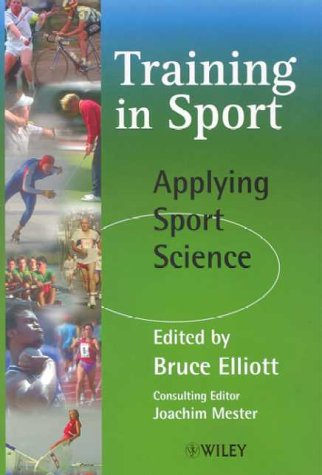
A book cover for Training in Sport: Applying Sports Science; Sports & Outdoors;